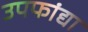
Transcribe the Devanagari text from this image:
उपफांद्या